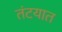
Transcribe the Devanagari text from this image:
तंटयात